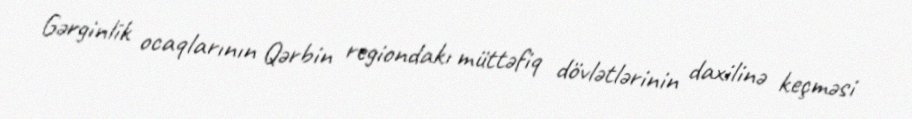
Gərginlik ocaqlarının Qərbin regiondakı müttəfiq dövlətlərinin daxilinə keçməsi